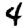
Digit: 4